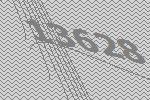
13628